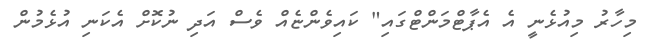
މިހާރު މިއުޅެނީ އެ އެޕާޓްމަންޓްގައި" ކައިވެންޏެއް ވެސް އަދި ނުކޮށް އެކަނި އުޅެމުން